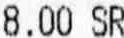
8.00 SR